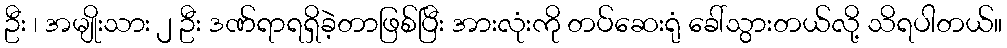
ဦး ၊ အမျိုးသား ၂ ဦး ဒဏ်ရာရရှိခဲ့တာဖြစ်ပြီး အားလုံးကို တပ်ဆေးရုံ ခေါ်သွားတယ်လို့ သိရပါတယ်။